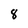
Character: 8